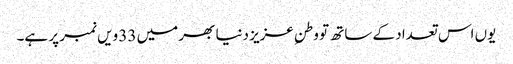
یوں اس تعداد کے ساتھ تو وطنِ عزیز دنیا بھر میں 33 ویں نمبر پر ہے۔